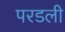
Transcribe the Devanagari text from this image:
परडली